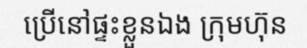
ប្រើនៅផ្ទះខ្លួនឯង ក្រុមហ៊ុន